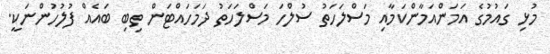
މުޅި ގައުމުގެ އަމަންއަމާންކަމާއި މަސްލަހަތު ސުލްހަ މަސްލަހަތު ދަމަހައްޓަން ތިބި ބައެއް ފުލުހުންނަކީ.